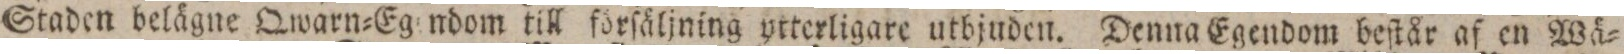
Staden belägne Qwarn=Egendom till förſäljning ytterligare utbjuden. Denna Egendom beſtår af en Wä=